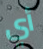
أي